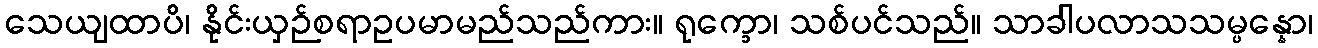
သေယျထာပိ၊ နိုင်းယှဉ်စရာဥပမာမည်သည်ကား။ ရုက္ခော၊ သစ်ပင်သည်။ သာခါပလာသသမ္ပန္နော၊